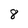
Character: 8